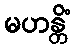
မဟန္တိံ